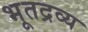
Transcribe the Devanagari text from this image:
भूतद्रव्य